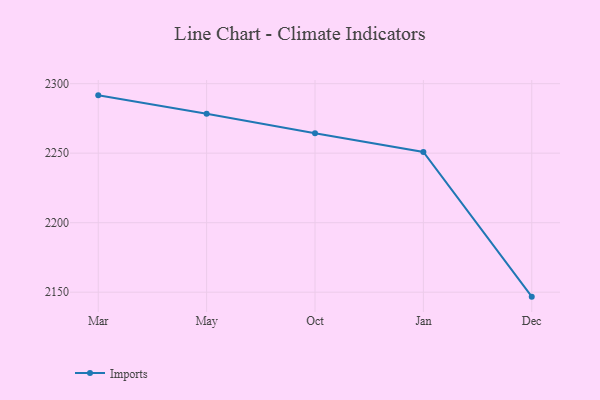
{"axis": {"x": "Month", "y": "Satisfaction Score"}, "legend": ["Imports"], "data": [{"x": "Mar", "y": 2291.6, "type": "Imports"}, {"x": "May", "y": 2278.4, "type": "Imports"}, {"x": "Oct", "y": 2264.4, "type": "Imports"}, {"x": "Jan", "y": 2250.9, "type": "Imports"}, {"x": "Dec", "y": 2146.8, "type": "Imports"}]}